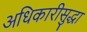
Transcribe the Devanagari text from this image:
अधिकारीसुद्धा